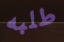
طلبه